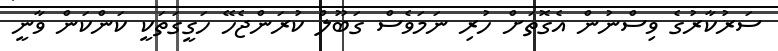
ސަރުކާރުގެ ވިސްނުން އެގޮތަށް ހުރި ނަމަވެސް ގަބޫލް ކުރަންޖެހޭ ހަގީގަތަކީ ކަންކަން ވާނީ